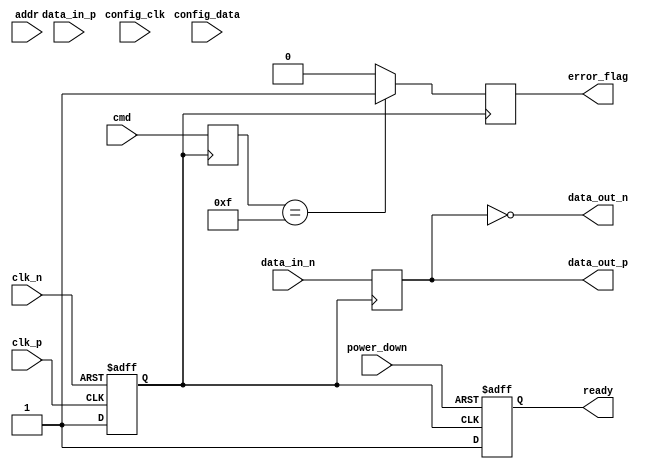
module gddr4_io_block (
    // Differential clock inputs
    input wire clk_p,
    input wire clk_n,
    
    // Data lanes (example with 8 lanes)
    input wire [7:0] data_in_p,
    input wire [7:0] data_in_n,
    output wire [7:0] data_out_p,
    output wire [7:0] data_out_n,
    
    // Command and address interface
    input wire [3:0] cmd,
    input wire [15:0] addr,
    
    // Control and configuration interface
    input wire config_clk,
    input wire config_data,
    
    // Power management signals
    input wire power_down,
    
    // Output signals for status
    output reg ready,
    output reg error_flag
);

// Parameters
parameter BURST_LENGTH = 8;
parameter DATA_WIDTH = 8;
parameter CMD_WIDTH = 4;
parameter ADDR_WIDTH = 16;

// Internal signals
reg [DATA_WIDTH-1:0] data_buffer;
reg [CMD_WIDTH-1:0] cmd_reg;
reg [ADDR_WIDTH-1:0] addr_reg;

// Clock domain for data sampling
reg clk_sample;

// Differential clock handling
always @(posedge clk_p or negedge clk_n) begin
    if (!clk_n) begin
        clk_sample <= 0;
    end else begin
        clk_sample <= 1;
    end
end

// Data input processing (DDR sampling)
always @(posedge clk_sample) begin
    data_buffer <= {data_in_p, data_in_n}; // Simplified data capture
end

// Command and address processing
always @(posedge clk_sample) begin
    cmd_reg <= cmd;
    addr_reg <= addr;
end

// Power management and ready signal
always @(posedge clk_sample or posedge power_down) begin
    if (power_down) begin
        ready <= 0; // Device is not ready
    end else begin
        ready <= 1; // Device is ready
    end
end

// Error detection (simplified)
always @(posedge clk_sample) begin
    // Basic error checking logic (to be expanded)
    if (cmd_reg == 4'b1111) begin // Example error condition
        error_flag <= 1;
    end else begin
        error_flag <= 0;
    end
end

// Data output (simplified)
assign data_out_p = data_buffer;
assign data_out_n = ~data_buffer; // Simple differential output

endmodule